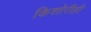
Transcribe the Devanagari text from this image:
किशोरीही